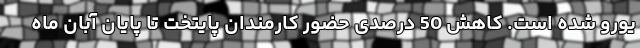
یورو شده است. کاهش 50 درصدی حضور کارمندان پایتخت تا پایان آبان ماه